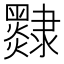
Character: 𨾄